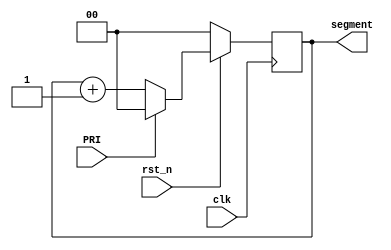
`timescale 1ns / 1ps
//////////////////////////////////////////////////////////////////////////////////
// Company: 
// Engineer: 
// 
// Design Name: 
// Module Name:    segment_gen 
// Project Name: 
// Target Devices: 
// Tool versions: 
// Description: 
//
// Dependencies: 
//
// Revision: 
// Revision 0.01 - File Created
// Additional Comments: 
//
//////////////////////////////////////////////////////////////////////////////////
module segment_gen(
input								clk			,			//100MHz
input								rst_n			,			//
input								PRI			,			//
output	reg	[1:0]			segment					//4
);

always  @ ( posedge clk )
begin
	if(!rst_n)
		segment			<=		2'b00			;
	else	if(PRI)
		segment			<=		2'b00			;
	else
		segment			<=		segment+1	;
end

endmodule